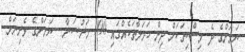
ޔަމަންގެ ދެ މިސްކިތަކަށް ދިން ހަމަލާތަކެއްގައި 100 މަރުސަނާ - ޔަމަންގެ ވެރިރަށް